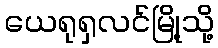
ယေရုရှလင်မြို့သို့